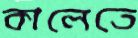
কালেতে